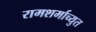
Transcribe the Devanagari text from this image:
रामशर्माच्युत